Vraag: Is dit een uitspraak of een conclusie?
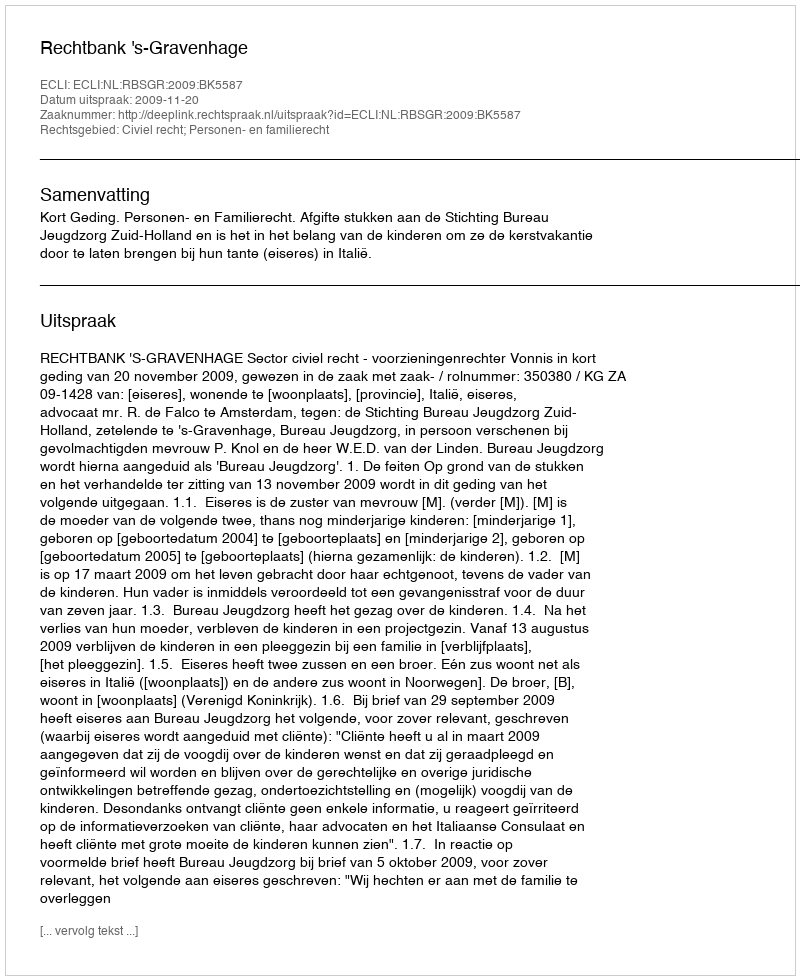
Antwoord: Uitspraak